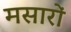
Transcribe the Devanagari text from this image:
मसारों